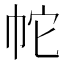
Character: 𭘙